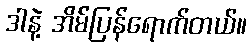
ဒါနဲ့ အိမ်ပြန်ရောက်တယ်။